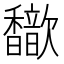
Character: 𫘃